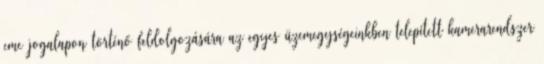
eme jogalapon történő feldolgozására az egyes üzemegységeinkben telepített kamerarendszer